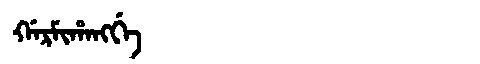
Manchu: ᡤᠠᡵᠮᡳᡥᠠᠩᡤᡝ
Romanization: GARMIHANGGE